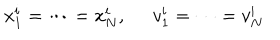
x _ { 1 } ^ { i } = \cdots = x _ { N } ^ { i } , \; \; v _ { 1 } ^ { i } = \cdots = v _ { N } ^ { i }